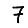
Digit: 7